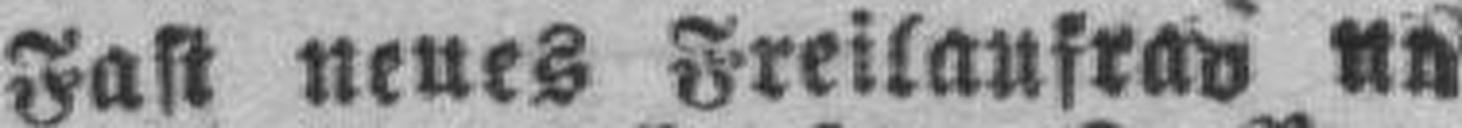
Fast neues Freilaufrad un